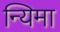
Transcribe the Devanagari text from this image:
न्यिमा